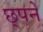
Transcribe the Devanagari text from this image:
छ्पने